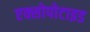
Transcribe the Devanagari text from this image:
एक्सोपोटाइड